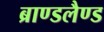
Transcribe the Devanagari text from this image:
ब्राण्डलैण्ड